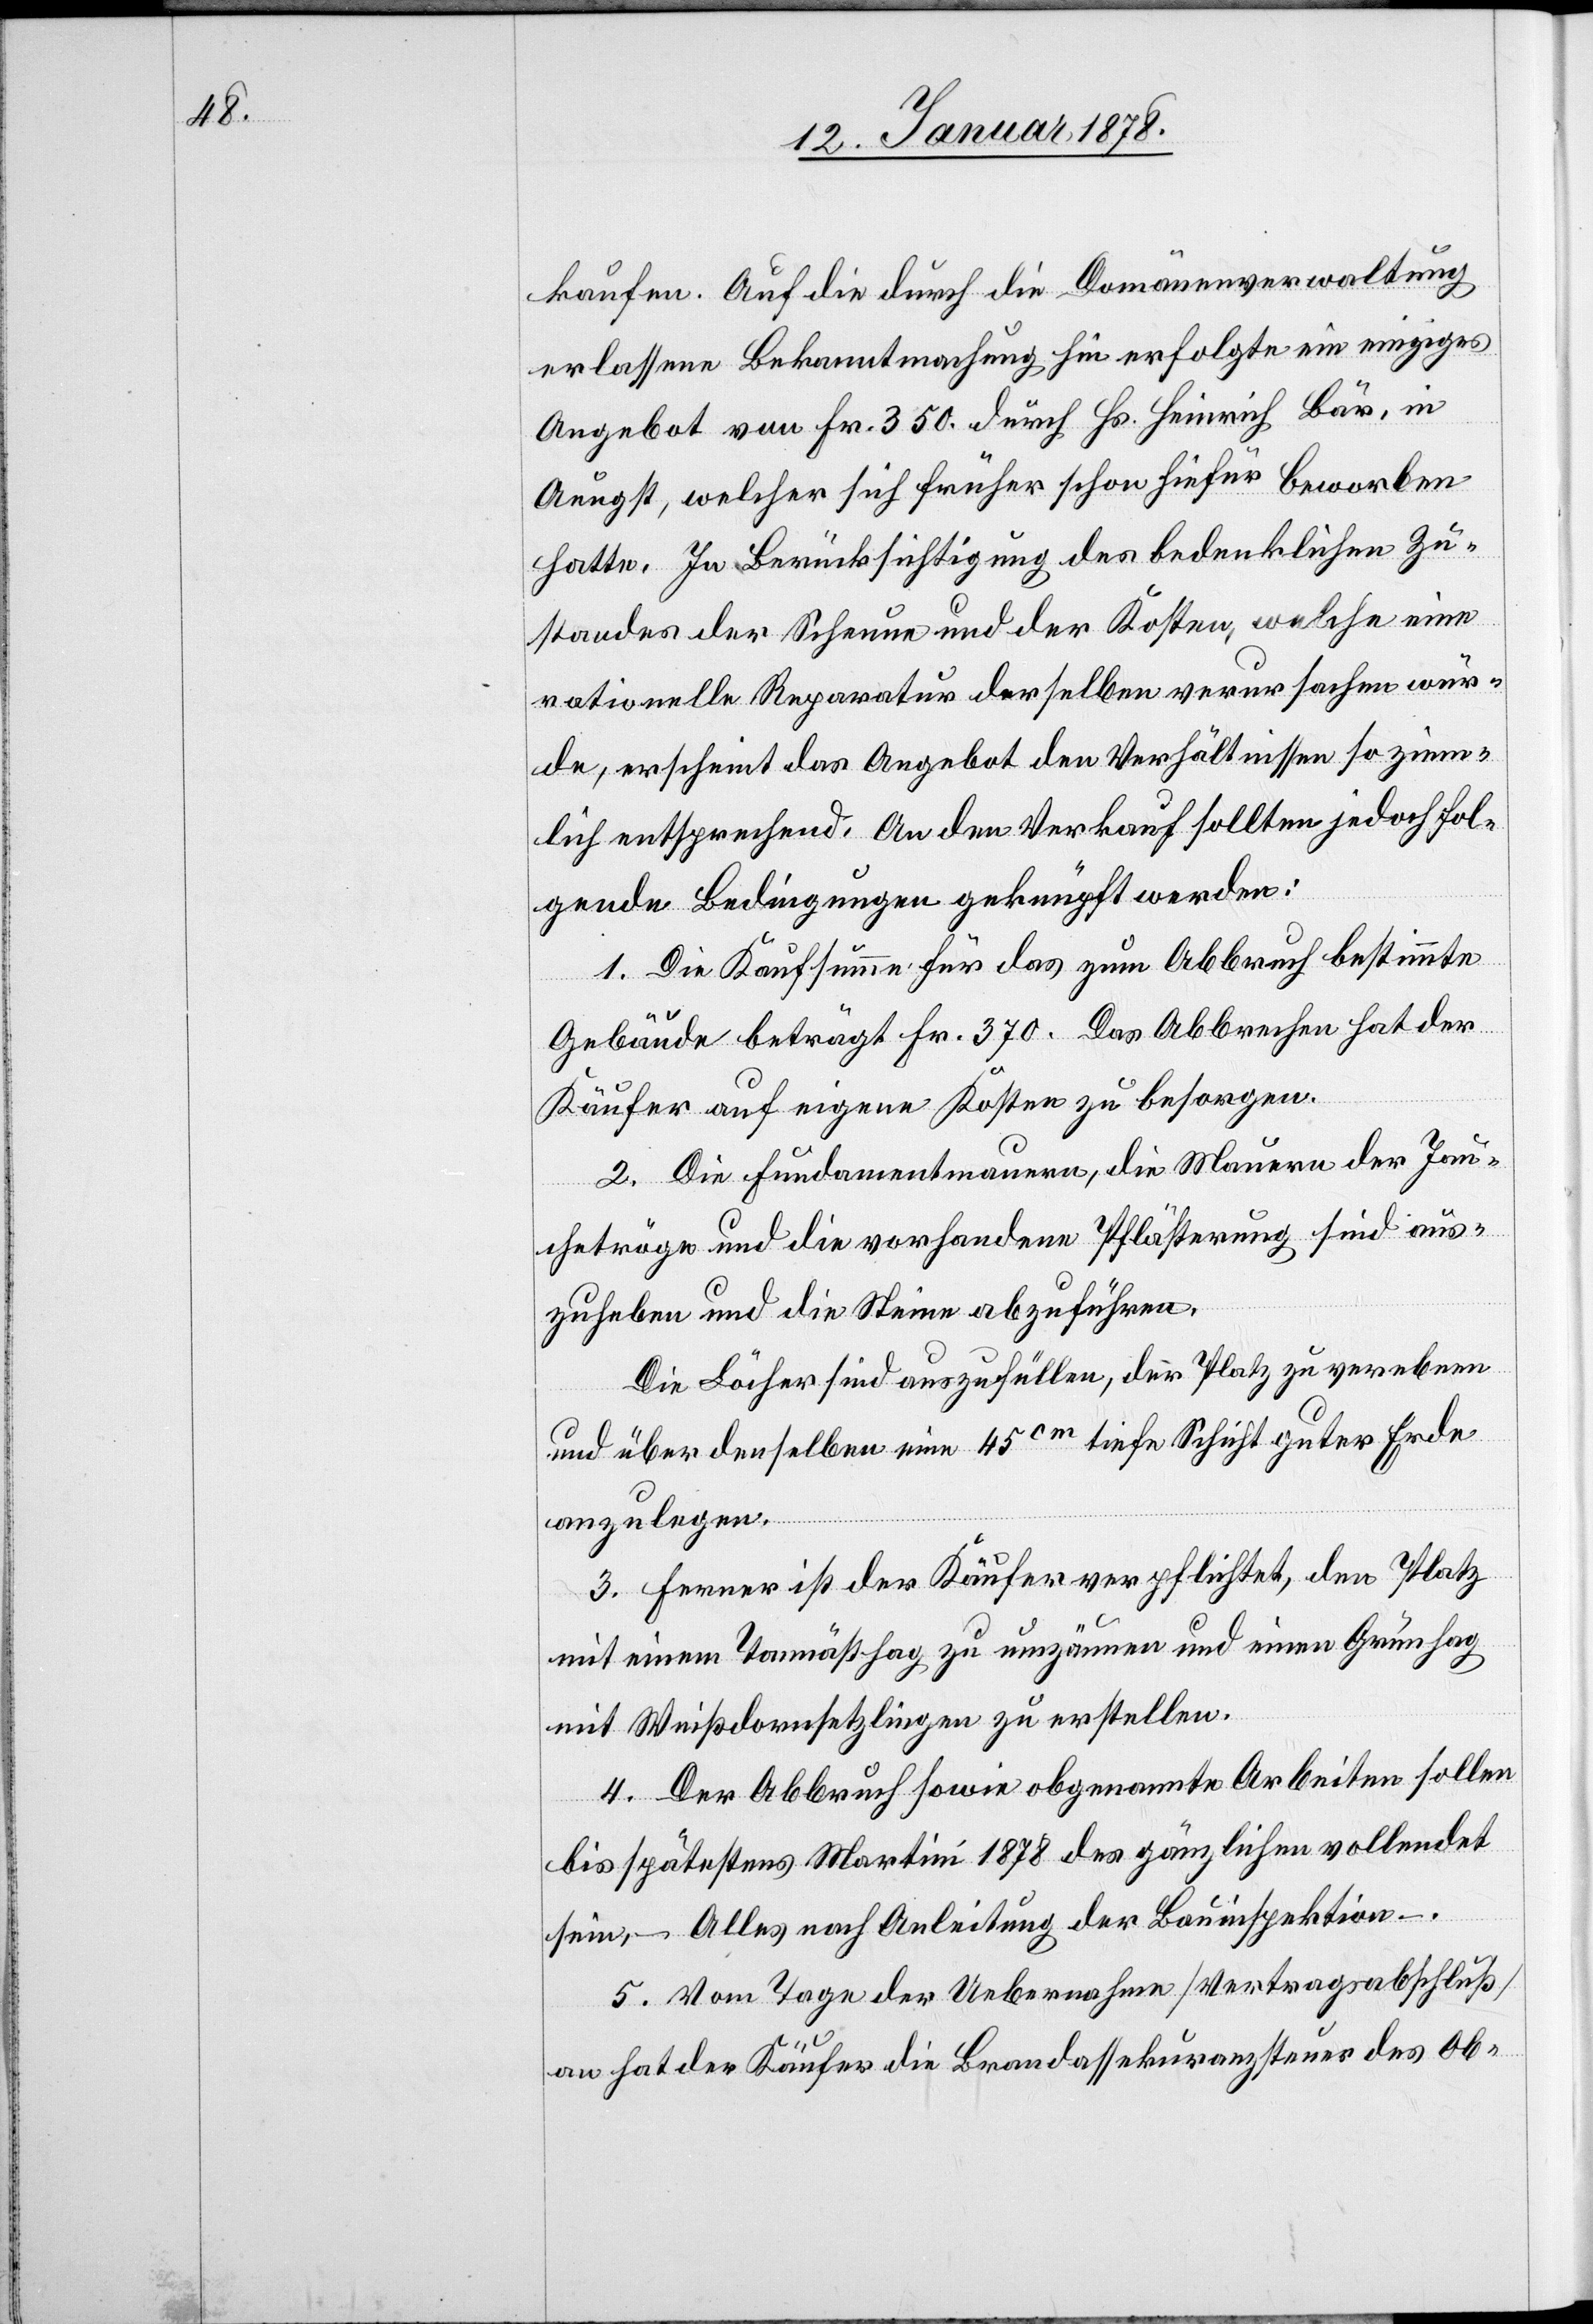
kaufen. Auf die durch die Domänenverwaltung
erlassene Bekanntmachung hin erfolgte ein einziges
Angebot von Fr. 350. durch Hs. Heinrich Bär, in
Aeugst, welcher sich früher schon hiefür beworben
hatte. In Berücksichtigung des bedenklichen Zu¬
standes der Scheune und der Kosten, welche eine
rationelle Reparatur derselben verursachen wür¬
de, erscheint das Angebot den Verhältnisse so ziem¬
lich entsprechend. An den Verkauf sollten jedoch fol¬
gende Bedingungen geknüpft werden:
1. Die Kaufsumme für das zum Abbruch bestimmte
Gebäude beträgt Fr. 370. Das Abbrechen hat der
Käufer auf eigene Kosten zu besorgen.
2. Die Fundamentmauern, die Mauern der Jau¬
chetröge und die vorhandene Pflästerung sind aus¬
zuheben und die Steine abzuführen.
Die Löcher sind auszufüllen, der Platz zu verebnen
und über denselben eine 45cm tiefe Schicht guter Erde
anzulegen.
3. Ferner ist der Käufer verpflichtet, den Platz
mit einem Tannästhag zu umzäunen und einen Grünhag
mit Weißdomsetzlingen zu erstellen.
4. Der Abbruch sowie obgenannte Arbeiten sollen
bis spätestens Martini 1878 des gänzlichen vollendet
sein, – Alles nach Anleitung der Bauinspektion.
5. Vom Tage der Uebernahme [Vertragsabschluß]
an hat der Käufer die Brandassekuranzsteuer des Ob-